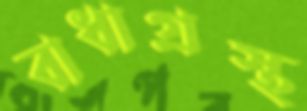
বাধাগ্রস্থ